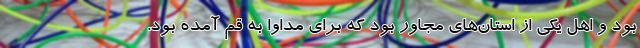
بود و اهل یکی از استان‌های مجاور بود که برای مداوا به قم آمده بود.